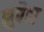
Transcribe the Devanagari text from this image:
झुबैदा